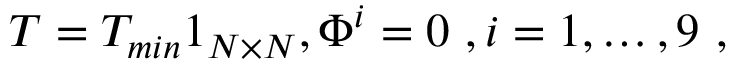
T = T _ { m i n } 1 _ { N \times N } , \Phi ^ { i } = 0 \ , i = 1 , \dots , 9 \ ,